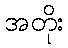
အတိုး